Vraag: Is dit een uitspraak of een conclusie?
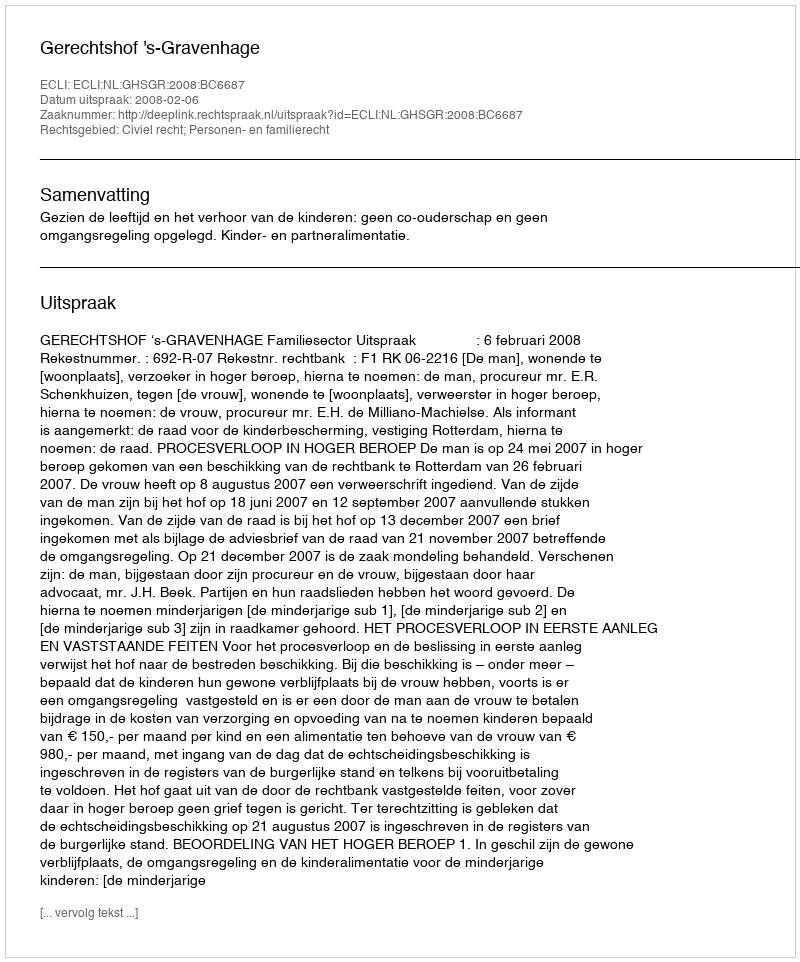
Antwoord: Uitspraak